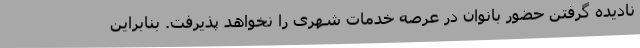
نادیده گرفتن حضور بانوان در عرصه خدمات شهری را نخواهد پذیرفت. بنابراین